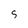
Character: S